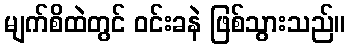
မျက်စိထဲတွင် ဝင်းခနဲ ဖြစ်သွားသည်။